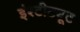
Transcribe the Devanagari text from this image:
इंश्टीट्यूट